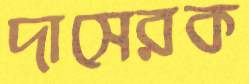
দাসেরক